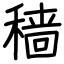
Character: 穑